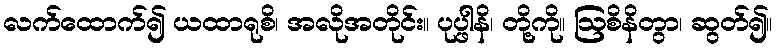
လက်ထောက်၍ ယထာရုစိ၊ အလိုအတိုင်း။ ပုပ္ဖါနိ၊ တို့ကို။ ဩစိနိတွာ၊ ဆွတ်၍။